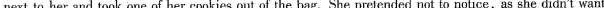
next to her and took one of her cookies out of the bag. She pretended not to notice, as she didn’t want